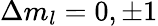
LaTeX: \Delta m_{l}=0,\pm 1